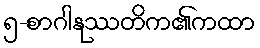
၅-စာဂါနုဿတိက၏ကထာ